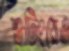
শুটিংয়েও